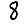
Digit: 8